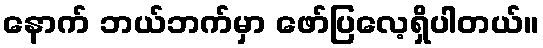
နောက် ဘယ်ဘက်မှာ ဖော်ပြလေ့ရှိပါတယ်။